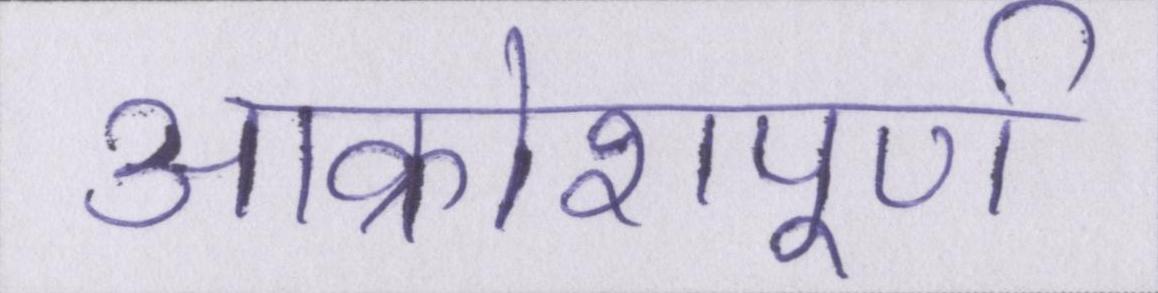
आक्रोशपूर्ण